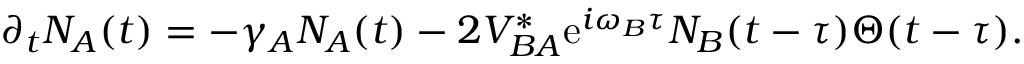
\begin{array} { r } { \partial _ { t } N _ { A } ( t ) = - \gamma _ { A } N _ { A } ( t ) - 2 V _ { B A } ^ { * } \mathrm { e } ^ { i \omega _ { B } \tau } N _ { B } ( t - \tau ) \Theta ( t - \tau ) . } \end{array}